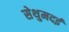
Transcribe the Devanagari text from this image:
सेथुमदई